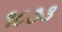
૧૮૭૩